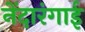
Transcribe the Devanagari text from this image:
नेंदारंगाई